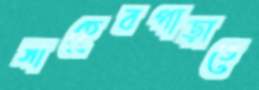
সাহেবপাড়াতে